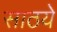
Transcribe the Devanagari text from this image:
साठये